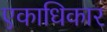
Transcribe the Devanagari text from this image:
एकाधिकार